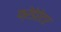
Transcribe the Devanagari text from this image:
फ्रेडेरेटर